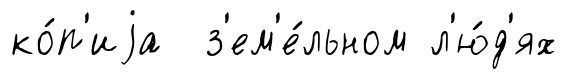
ко́п'иjа з'ем'е́льном л'ю́д'ях